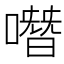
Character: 噆